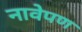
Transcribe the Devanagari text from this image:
नावेपण